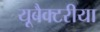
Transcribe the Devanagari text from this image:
यूबैक्टरीया